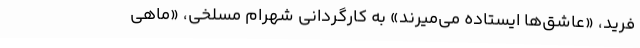
فرید، «عاشق‌ها ایستاده می‌میرند» به كارگردانی شهرام مسلخی، «ماهی